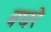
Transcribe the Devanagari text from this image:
बघरे